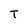
Character: T